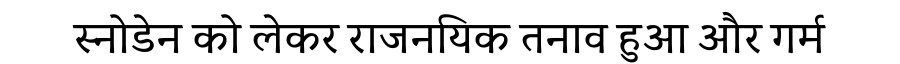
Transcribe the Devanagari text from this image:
स्नोडेन को लेकर राजनयिक तनाव हुआ और गर्म